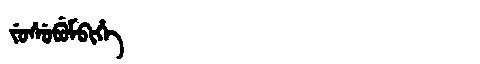
Manchu: ᠵᡠᠰᡠᠪᡠᠮᠪᡳᡥᡝ
Romanization: JUSUBUMBIHE